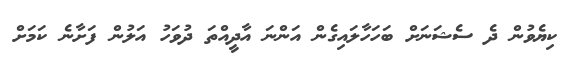
ކިޔެވުން ދެ ސެޝަނަށް ބަހަހާލައިގެން އަންނަ އާދީއްތަ ދުވަހު އަލުން ފަށާނެ ކަމަށް